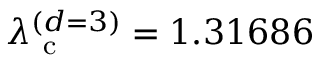
\lambda _ { \mathrm { ~ c ~ } } ^ { ( d = 3 ) } = 1 . 3 1 6 8 6